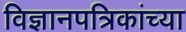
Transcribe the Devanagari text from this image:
विज्ञानपत्रिकांच्या